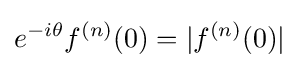
e^{-i\theta }f^{(n)}(0)=|f^{(n)}(0)|